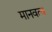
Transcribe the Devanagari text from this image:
मानवत्व